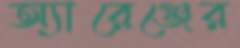
অ্যারেঞ্জের